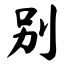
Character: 别